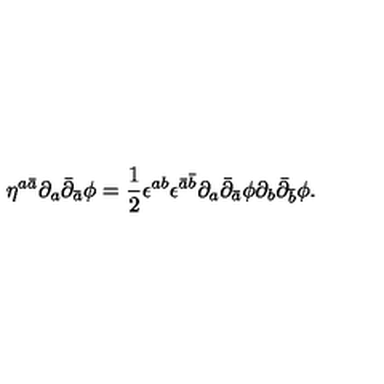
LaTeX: \eta ^ { a \bar { a } } \partial _ { a } \bar { \partial } _ { \bar { a } } \phi = \frac { 1 } { 2 } \epsilon ^ { a b } \epsilon ^ { \bar { a } \bar { b } } \partial _ { a } \bar { \partial } _ { \bar { a } } \phi \partial _ { b } \bar { \partial } _ { \bar { b } } \phi .